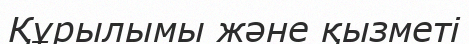
Құрылымы және қызметі